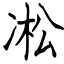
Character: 凇